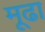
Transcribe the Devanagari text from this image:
मूढा